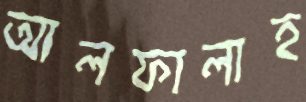
আলফালাহ